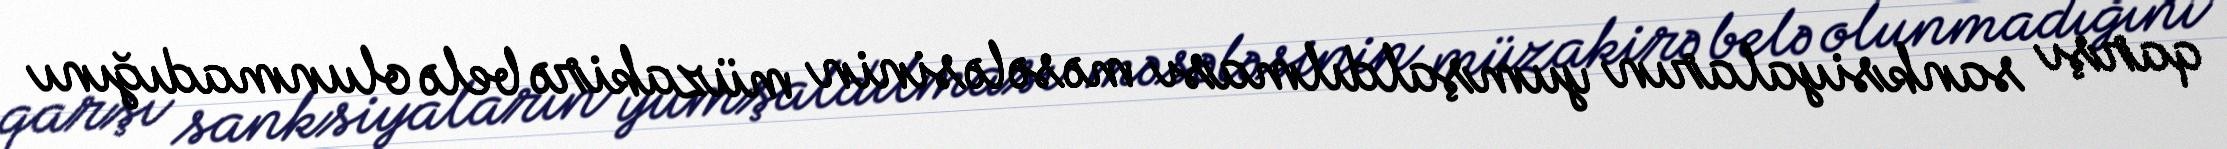
qarşı sanksiyaların yumşaldılması məsələsinin müzakirə belə olunmadığını